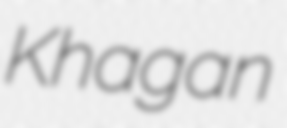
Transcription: Khagan